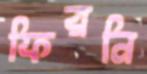
ফিরনি